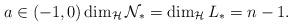
LaTeX: \begin{align*}a \in (-1,0) \dim_{\mathcal{H}} \mathcal{N}_\ast = \dim_{\mathcal{H}} L_\ast = n-1.\end{align*}